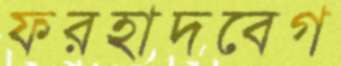
ফরহাদবেগ